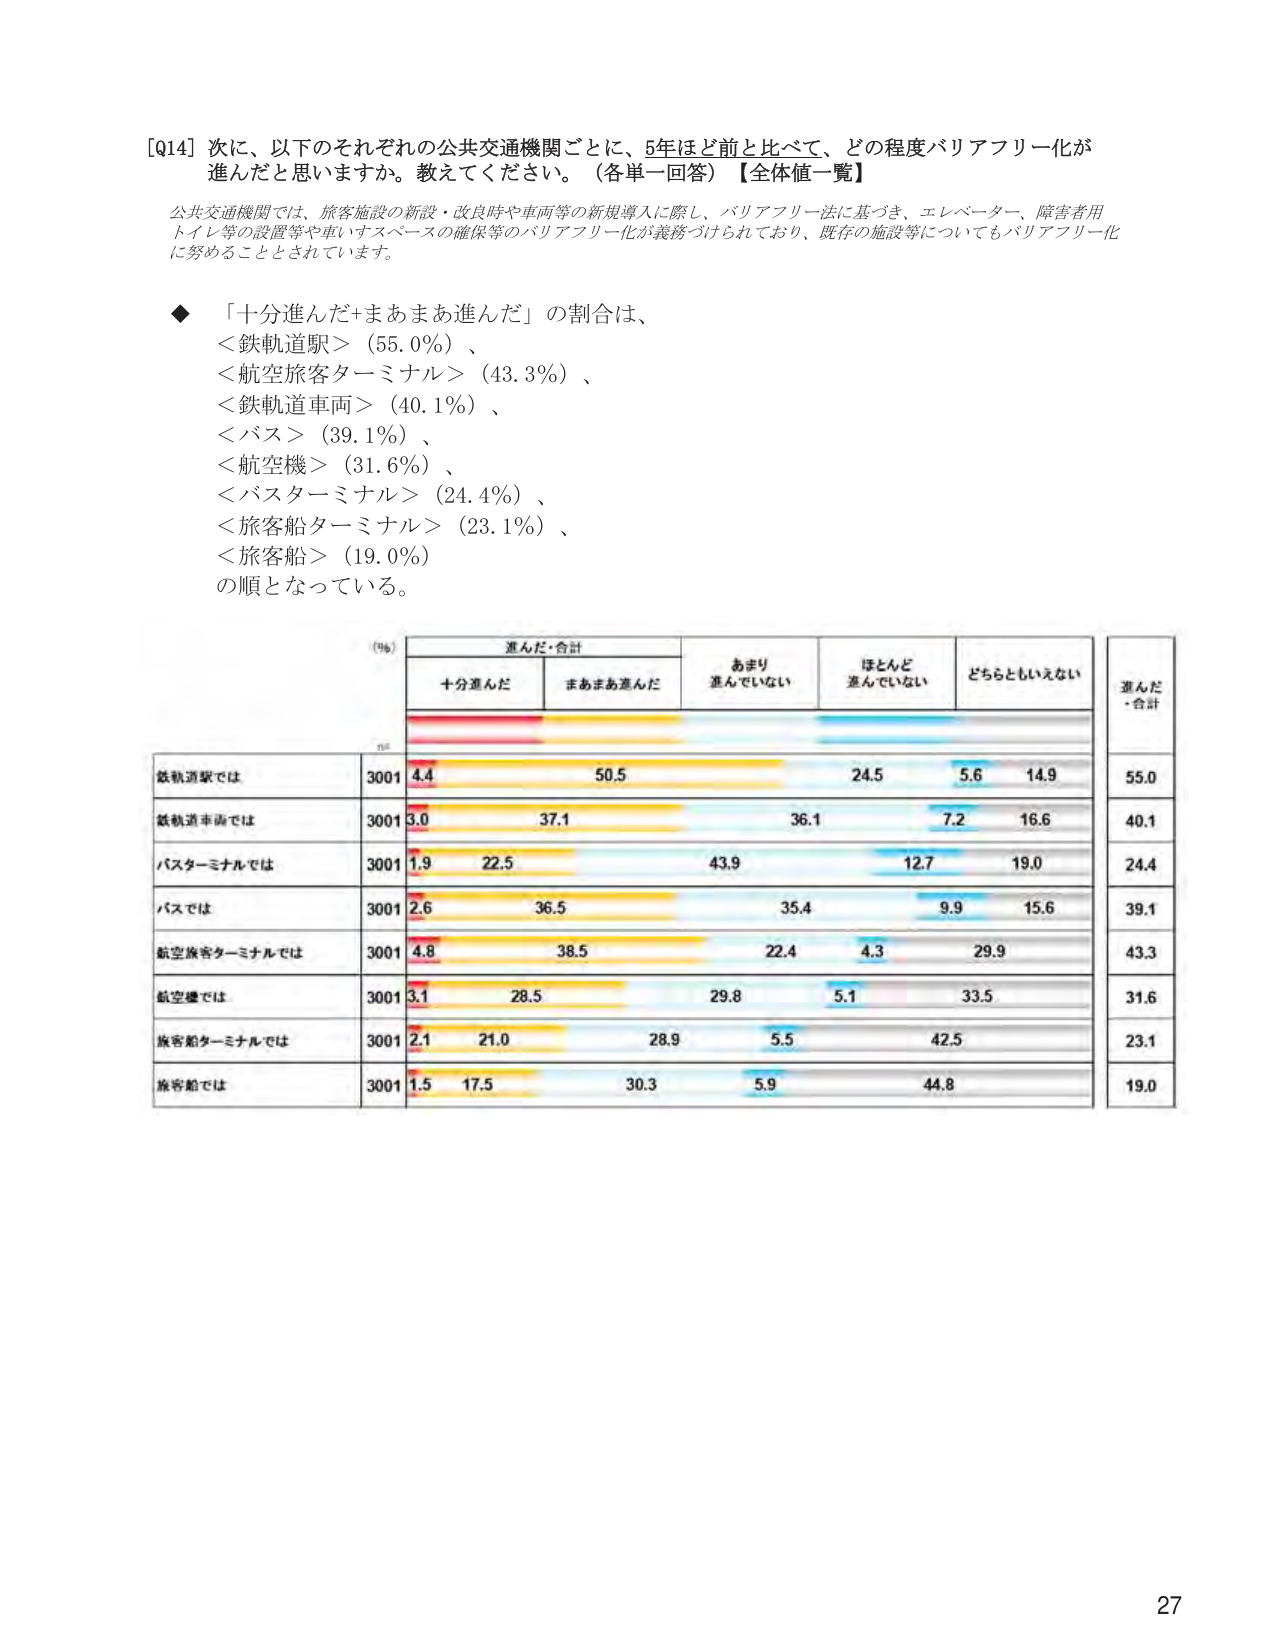
[Q14] 次に、以下のそれぞれの公共交通機関ごとに、5年ほど前と比べて、どの程度バリアフリー化が進んだと思いますか。教えてください。（各単一回答）【全体値一覧】

公共交通機関では、旅客施設の新設・改良時や車両等の新規導入に際し、バリアフリー法に基づき、エレベーター、障害者用トイレ等の設置等や車いすスペースの確保等のバリアフリー化が義務づけられており、既存の施設等についてもバリアフリー化に努めることとされています。

◆ 「十分進んだ+まあまあ進んだ」の割合は、
＜鉄軌道駅＞（55.0％）、
＜航空旅客ターミナル＞（43.3％）、
＜鉄軌道車両＞（40.1％）、
＜バス＞（39.1％）、
＜航空機＞（31.6％）、
＜バスターミナル＞（24.4％）、
＜旅客船ターミナル＞（23.1％）、
＜旅客船＞（19.0％）
の順となっている。

（％）
進んだ・合計
十分進んだ　　まあまあ進んだ　　あまり進んでいない　　ほとんど進んでいない　　どちらともいえない　　進んだ・合計

鉄軌道駅では　　3001　4.4　　50.5　　24.5　　5.6　　14.9　　55.0
鉄軌道車両では　3001　3.0　　37.1　　36.1　　7.2　　16.6　　40.1
バスターミナルでは　3001　1.9　　22.5　　43.9　　12.7　　19.0　　24.4
バスでは　　3001　2.6　　36.5　　35.4　　9.9　　15.6　　39.1
航空旅客ターミナルでは　3001　4.8　　38.5　　22.4　　4.3　　29.9　　43.3
航空機では　　3001　3.1　　28.5　　29.8　　5.1　　33.5　　31.6
旅客船ターミナルでは　3001　2.1　　21.0　　28.9　　5.5　　42.5　　23.1
旅客船では　　3001　1.5　　17.5　　30.3　　5.9　　44.8　　19.0

27